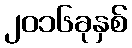
၂၀၁၆ခုနှစ်